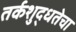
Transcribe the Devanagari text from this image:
तर्कशुद्धतेचा